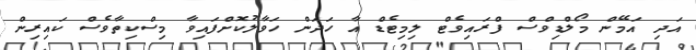
އަދި އަމޭން މޯލްޑިވްސް ފްރައިވެޓް ލިމިޓެޑް އާ ހަދަން ހަވާލުކޮށްފައިވާ މިސްކިތާވެސް ކައިރިން